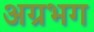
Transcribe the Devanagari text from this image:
अग्रभग